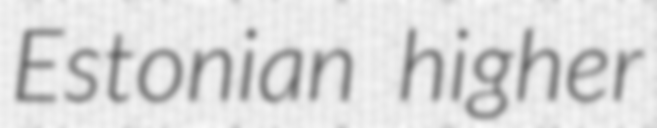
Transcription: Estonian higher